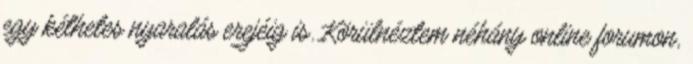
egy kéthetes nyaralás erejéig is. Körülnéztem néhány online forumon,